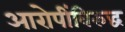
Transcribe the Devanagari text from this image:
आरोपींविरुद्ध